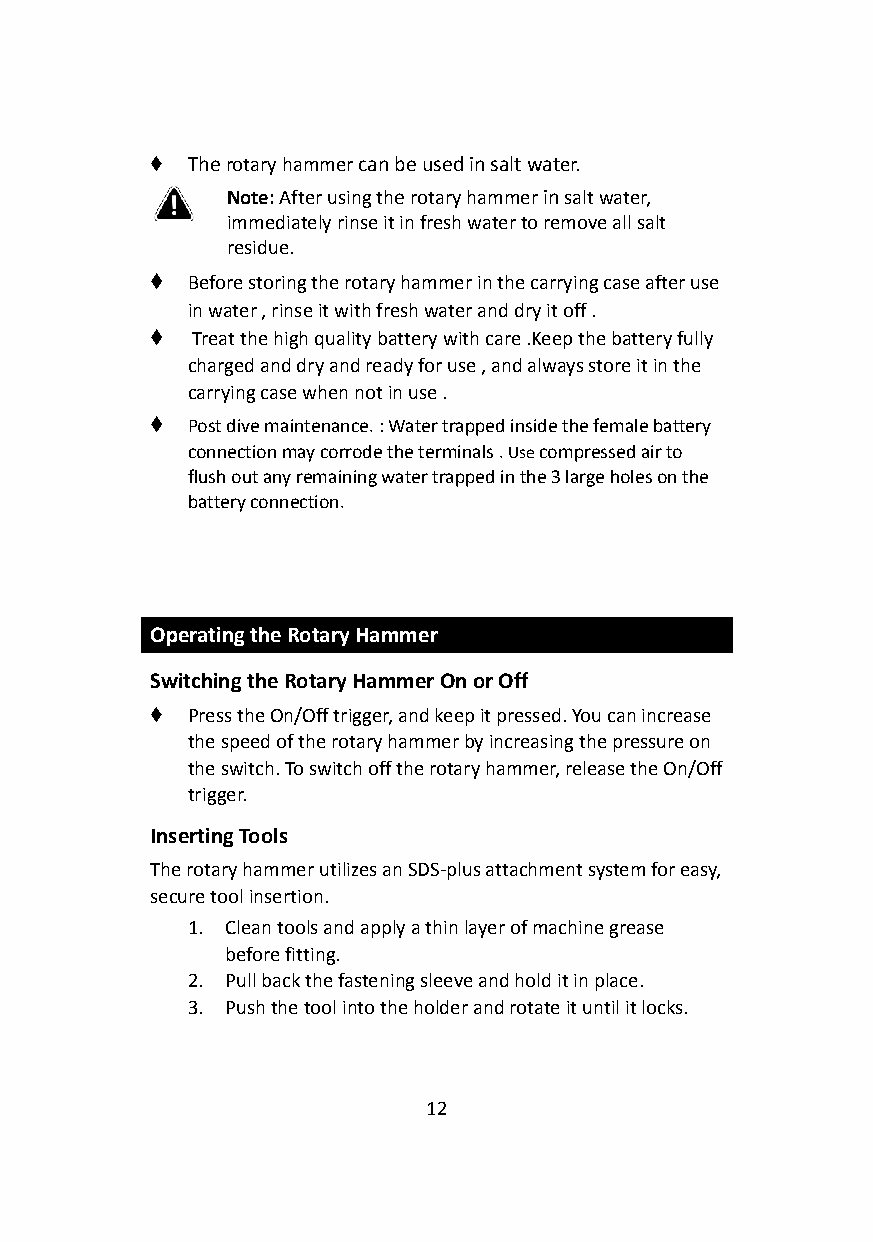
♦ Therotary hammercan be used in salt water.
 Note:After using therotary hammerinsalt water,
 immediately rinse it in fresh water to remove allsalt
 residue.
 ♦ Before storing the rotary hammer in the carrying caseafter use
 in water , rinse it with fresh water and dry it off.
 ♦  Treat the high quality battery with care .Keep thebattery fully
 charged and dry and ready for use , and always storeit in the
 carrying case when not in use .
 ♦ Post dive maintenance. : Water trapped inside thefemale battery
 connection may corrode the terminals .Usecompressedair to
 flush out any remaining water trapped in the 3 largeholes on the
 battery connection.
 Operating the Rotary Hammer
 Switching the Rotary Hammer On or Off
 ♦ Press the On/Off trigger, and keep it pressed. Youcan increase
 the speed of the rotary hammer by increasing the pressureon
 the switch. To switch off the rotary hammer, releasethe On/Off
 trigger.
 Inserting Tools
 The rotary hammer utilizes an SDS-plus attachmentsystem for easy,
 secure tool insertion.
 1. Clean tools and apply a thin layer of machine grease
 before fitting.
 2. Pull back the fastening sleeve and hold it in place.
 3. Push the tool into the holder and rotate it untilit locks.
 12